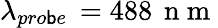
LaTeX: \lambda_{pro\mathsf{b}e}\, =488\, \mathrm{{~n~m~}}